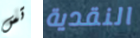
تس النقدية